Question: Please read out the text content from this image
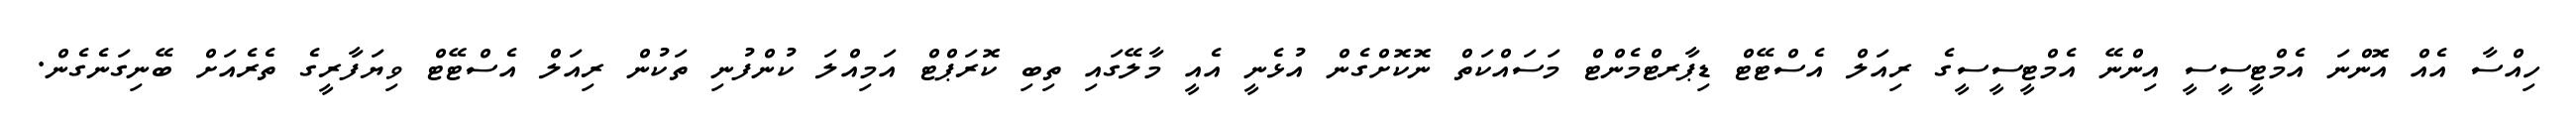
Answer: ހިއްސާ އެއް އޮންނަ އެމްޓީސީސީ އިންނޭ އެމްޓީސީސީގެ ރިއަލް އެސްޓޭޓް ޑިޕާރޓްމެންޓް މަސައްކަތް ނޮކޮށްގެން އުޅެނީ އެއީ މާލޭގައި ތިބި ކޮރަޕްޓް އަމިއްލަ ކުންފުނި ތަކުން ރިއަލް އެސްޓޭޓް ވިޔަފާރީގެ ތެރެއަށް ބޭނިގަނެގެން.